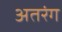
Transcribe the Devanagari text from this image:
अतरंग